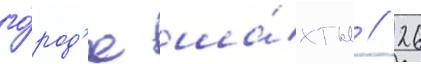
го́род'е ша́хты // 26